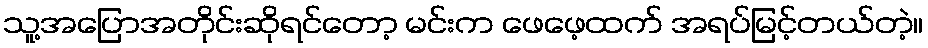
သူ့အပြောအတိုင်းဆိုရင်တော့ မင်းက ဖေဖေ့ထက် အရပ်မြင့်တယ်တဲ့။